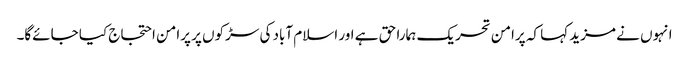
انہوں نے مزید کہا کہ پرامن تحریک ہمارا حق ہے اور اسلام آباد کی سڑکوں پر پرامن احتجاج کیا جائےگا۔